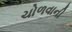
ચોળવાની